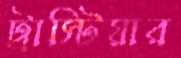
ট্রাস্টিয়ার